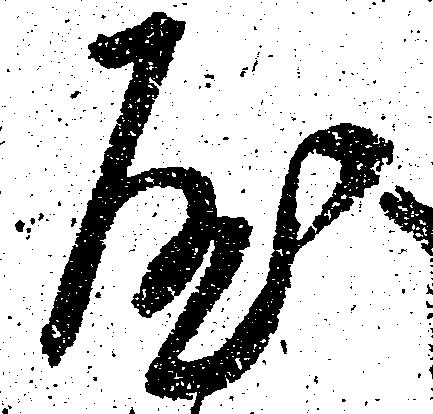
屋